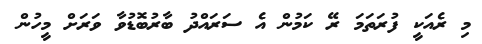
މި ރެއަކީ ފުރަތަމަ ރޭ ކަމުން އެ ސަރައްދު ބާރުބޮޑުވާ ވަަރަށް މީހުން